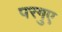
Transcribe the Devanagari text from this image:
परगुए